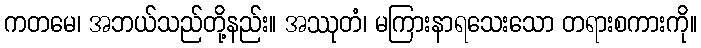
ကတမေ၊ အဘယ်သည်တို့နည်း။ အဿုတံ၊ မကြားနာရသေးသော တရားစကားကို။